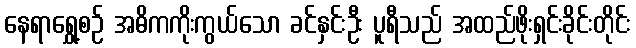
နေရာရွှေ့စဉ် အဓိကကိုးကွယ်သော ခင်နှင်းဦး ပူရီသည် အထည်ဖိုးရှင်းခိုင်းတိုင်း